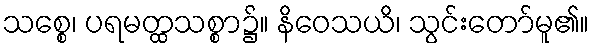
သစ္စေ၊ ပရမတ္ထသစ္စာ၌။ နိဝေသယိ၊ သွင်းတော်မူ၏။